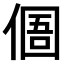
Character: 𠋼